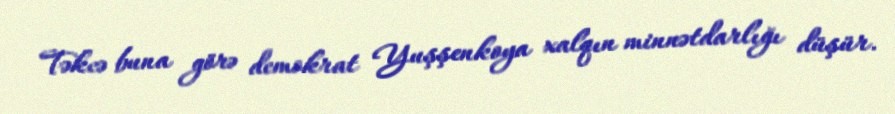
Təkcə buna görə demokrat Yuşşenkoya xalqın minnətdarlığı düşür.